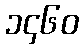
၁၄၆၀